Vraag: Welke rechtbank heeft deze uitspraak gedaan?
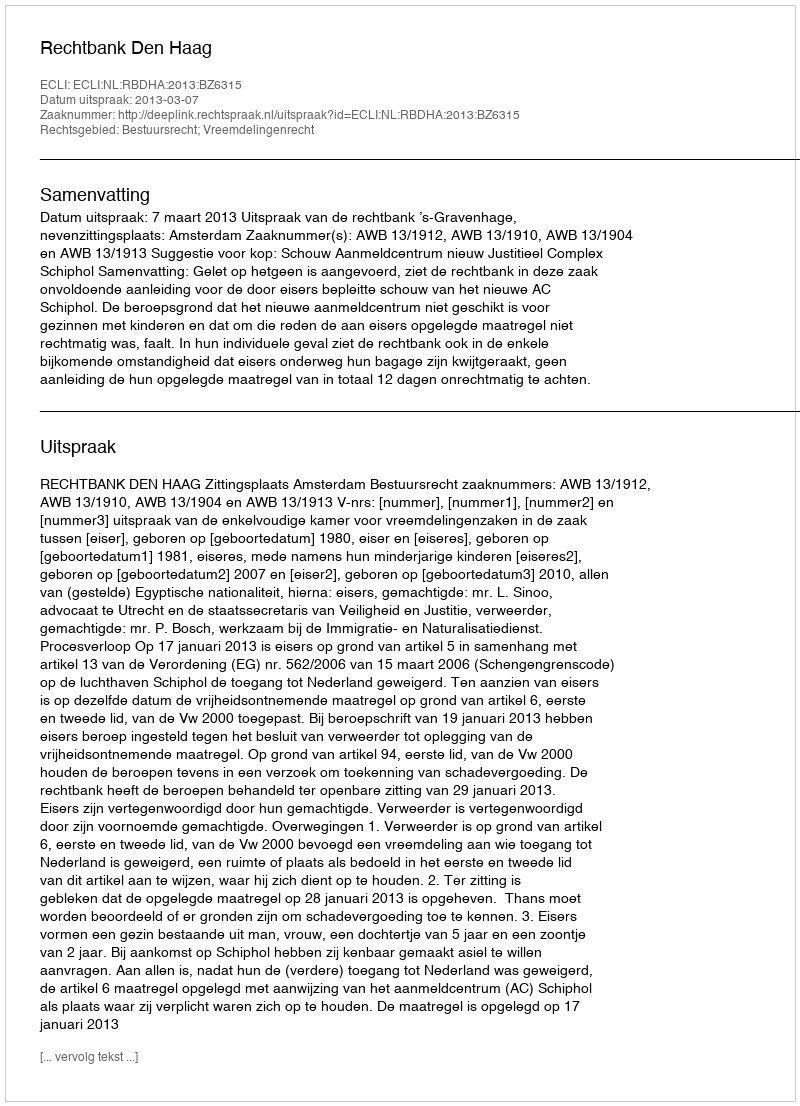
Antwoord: Rechtbank Den Haag